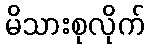
မိသားစုလိုက်